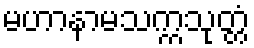
မဟာနာမသက္ကသုတ္တံ